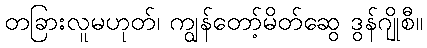
တခြားလူမဟုတ်၊ ကျွန်တော့်မိတ်ဆွေ ဒွန်ဂျိုစီ။